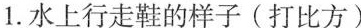
1.水上行走鞋的样子(打比方)